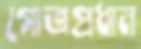
গোত্রপ্রধান